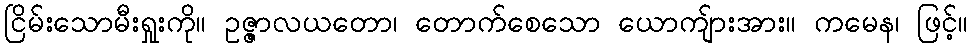
ငြိမ်းသောမီးရှုးကို။ ဥဇ္ဇာလယတော၊ တောက်စေသော ယောကျ်ားအား။ ကမေန၊ ဖြင့်။